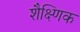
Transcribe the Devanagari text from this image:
शैक्ष्णिक